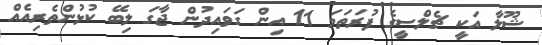
ޝޫލާ އަކީ ޗެލްސީގެ ފުރަތަމަ 11 އިން ގަވައިދުން ޖާގަ ލިބޭ ކުޅުންތެރިއެއް